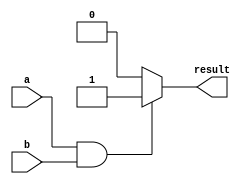
module multiple_if_else (
    input wire a,
    input wire b,
    output reg result
);

always @(*) begin
    if (a && b) begin
        result = 1;
    end else if (a || b) begin
        result = 0;
    end else begin
        result = 2;
    end
end

endmodule